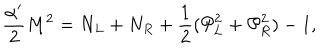
LaTeX: \frac { \alpha ^ { \prime } } { 2 } M ^ { 2 } = N _ { L } + N _ { R } + \frac { 1 } { 2 } ( { \cal P } _ { L } ^ { 2 } + { \cal P } _ { R } ^ { 2 } ) - 1 ,